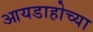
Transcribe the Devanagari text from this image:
आयडाहोच्या